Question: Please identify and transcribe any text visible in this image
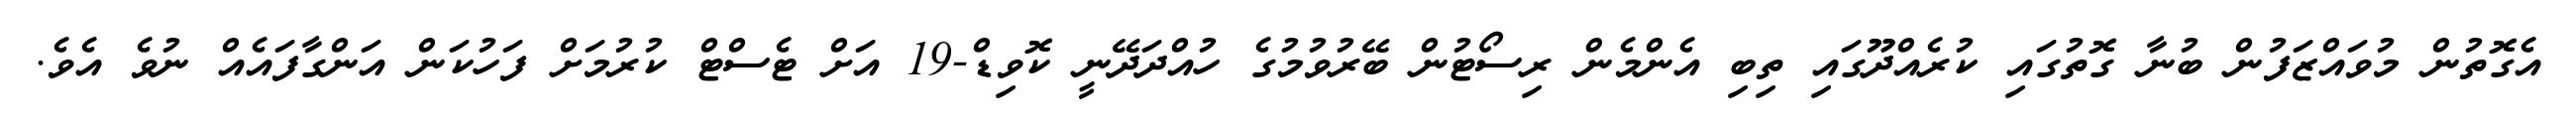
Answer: އެގޮތުން މުވައްޒަފުން ބުނާ ގޮތުގައި ކުރެއްދޫގައި ތިބި އެންމެން ރިސޯޓުން ބޭރުވުމުގެ ހުއްދަދޭނީ ކޮވިޑް-19 އަށް ޓެސްޓް ކުރުމަށް ފަހުކަން އަންގާފައެއް ނުވެ އެވެ.